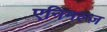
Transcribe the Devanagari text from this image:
एनिमल्ज़